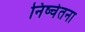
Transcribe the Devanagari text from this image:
निष्चेतना